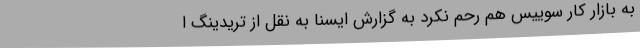
به بازار کار سوییس هم رحم نکرد به گزارش ایسنا به نقل از تریدینگ ا